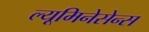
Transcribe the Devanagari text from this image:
ल्यूमिनेसेन्स